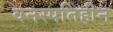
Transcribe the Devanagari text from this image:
वनस्‍पतिहीन